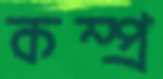
কম্প্র